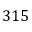
3 1 5